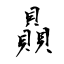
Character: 贔